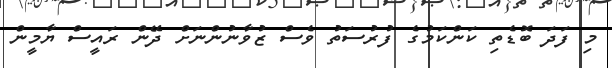
މި ފަދަ ބޮޑެތި ކަންކަމުގެ ފުރުސަތު ވެސް ޒުވާނުންނަށް ދޭން ރައީސް ޔާމީން